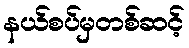
နယ်စပ်မှတစ်ဆင့်